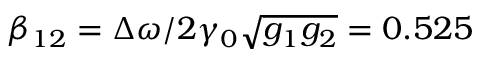
\beta _ { 1 2 } = \Delta \omega / 2 \gamma _ { 0 } \sqrt { g _ { 1 } g _ { 2 } } = 0 . 5 2 5